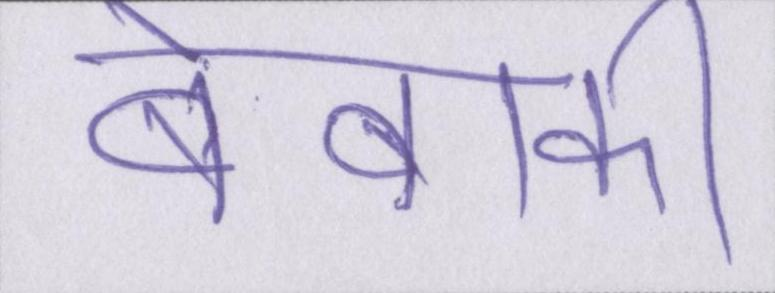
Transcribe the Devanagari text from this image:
बेबाकी